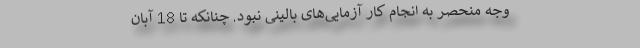
وجه منحصر به انجام کار آزمایی‌‌های بالینی نبود. چنانکه تا 18 آبان